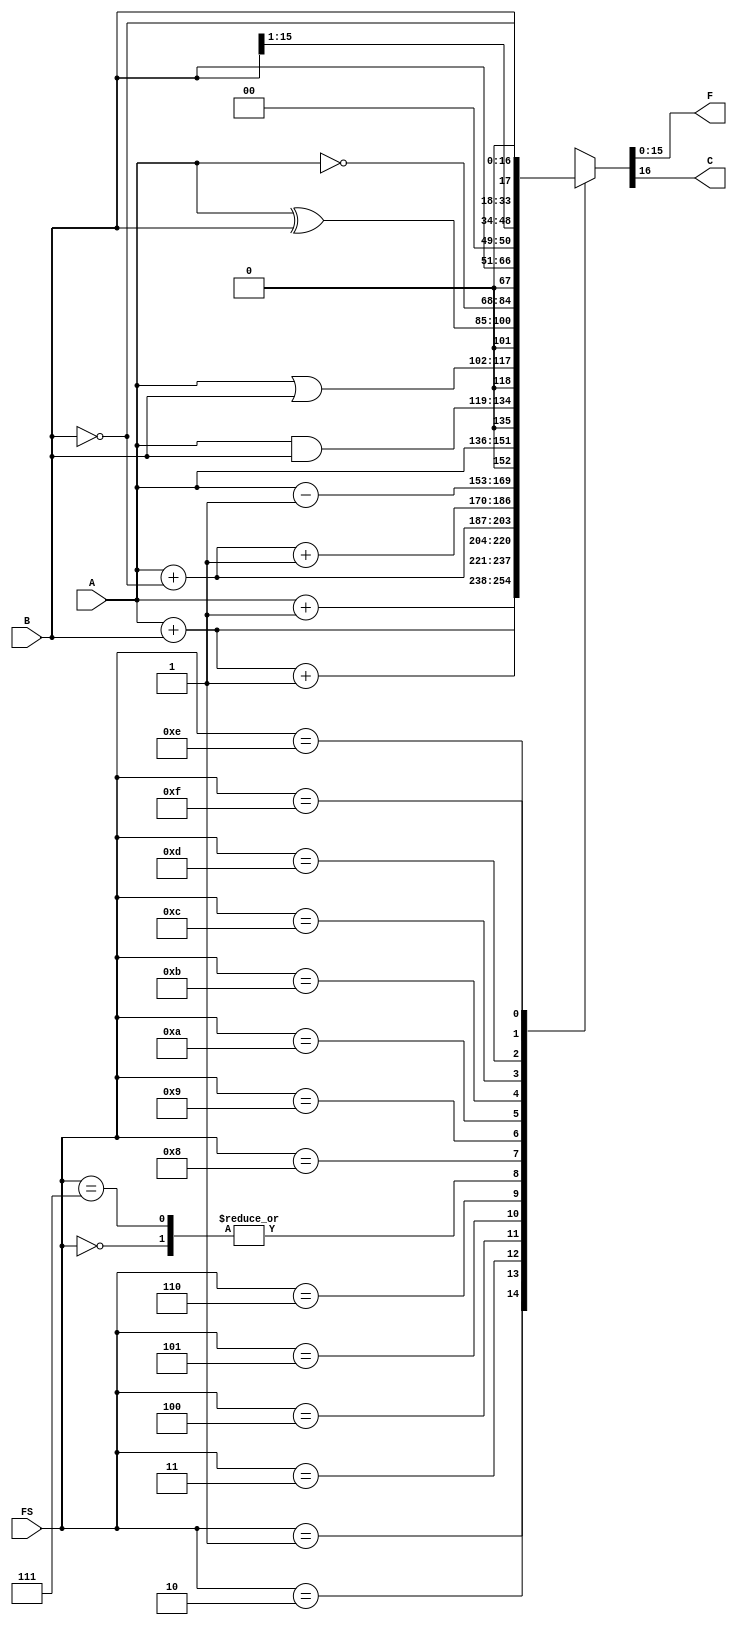
module Datapath_FunctionUnit_ArithmeticLogicUnit_Behavioral(F, C, A, B, FS);
parameter WORD_WIDTH = 16;
parameter DR_WIDTH = 3;
parameter SB_WIDTH = DR_WIDTH;
parameter SA_WIDTH = DR_WIDTH;
parameter OPCODE_WIDTH = 7;
parameter INSTR_WIDTH = WORD_WIDTH;
output reg [WORD_WIDTH-1:0] F;
output reg C;
input [WORD_WIDTH-1:0] A, B;
input [3:0] FS;
always@(*)
	case(FS)
		4'b0000: {C, F} = A;			
		4'b0001: {C, F} = A+1;			
		4'b0010: {C, F} = A+B;			
		4'b0011: {C, F} = A+B+1;		
		4'b0100: {C, F} = A+(~B);		
		4'b0101: {C, F} = A+(~B)+1;	
		4'b0110: {C, F} = A-1;			
		4'b0111: {C, F} = A;				
		4'b1000: {C, F} = A&B;			
		4'b1001: {C, F} = A|B;			
		4'b1010: {C, F} = A^B;			
		4'b1011: {C, F} = (~A);			
		4'b1100: {C, F} = B;				
		4'b1101: {C, F} = (B>>1);		
		4'b1110: {C, F} = (B<<1);		
		4'b1111: {C, F} = (~B);			
		default:;
	endcase
endmodule